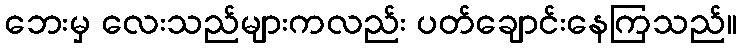
ဘေးမှ လေးသည်များကလည်း ပတ်ချောင်းနေကြသည်။